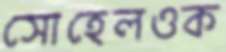
সোহেলওক